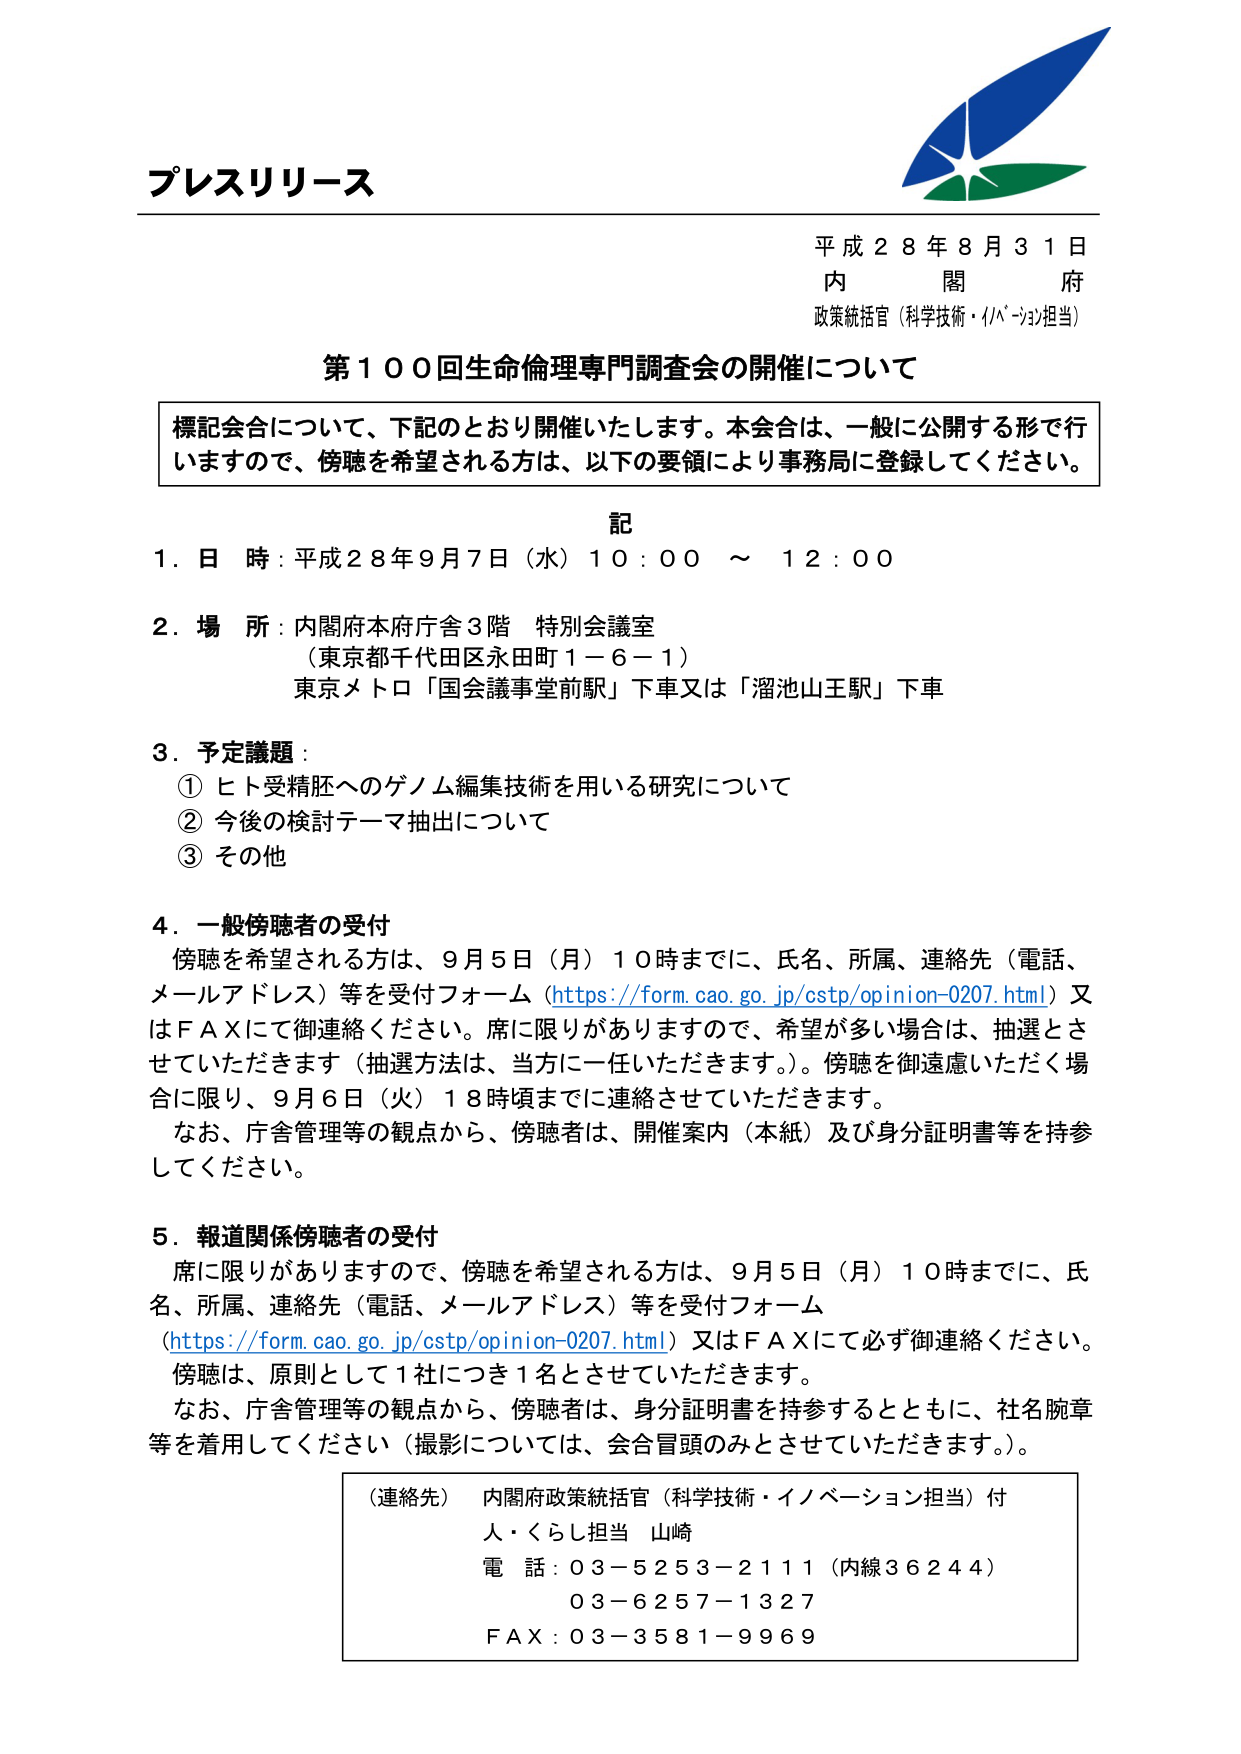
プレスリリース

平成２８年８月３１日
内 閣 府
政策統括官（科学技術・イノベーション担当）

第１００回生命倫理専門調査会の開催について

標記会合について、下記のとおり開催いたします。本会合は、一般に公開する形で行いますので、傍聴を希望される方は、以下の要領により事務局に登録してください。

記

１．日 時：平成２８年９月７日（水）１０：００ ～ １２：００

２．場 所：内閣府本府庁舎３階 特別会議室
（東京都千代田区永田町１－６－１）
東京メトロ「国会議事堂前駅」下車又は「溜池山王駅」下車

３．予定議題：
① ヒト受精胚へのゲノム編集技術を用いる研究について
② 今後の検討テーマ抽出について
③ その他

４．一般傍聴者の受付
傍聴を希望される方は、９月５日（月）１０時までに、氏名、所属、連絡先（電話、メールアドレス）等を受付フォーム（https://form.cao.go.jp/cstp/opinion-0207.html）又はＦＡＸにて御連絡ください。席に限りがありますので、希望が多い場合は、抽選とさせていただきます（抽選方法は、当方に一任いただきます。）。傍聴を御遠慮いただく場合に限り、９月６日（火）１８時頃までに連絡させていただきます。
なお、庁舎管理等の観点から、傍聴者は、開催案内（本紙）及び身分証明書等を持参してください。

５．報道関係傍聴者の受付
席に限りがありますので、傍聴を希望される方は、９月５日（月）１０時までに、氏名、所属、連絡先（電話、メールアドレス）等を受付フォーム（https://form.cao.go.jp/cstp/opinion-0207.html）又はＦＡＸにて必ず御連絡ください。
傍聴は、原則として１社につき１名とさせていただきます。
なお、庁舎管理等の観点から、傍聴者は、身分証明書を持参するとともに、社名腕章等を着用してください（撮影については、会合冒頭のみとさせていただきます。）。

（連絡先） 内閣府政策統括官（科学技術・イノベーション担当）付
人・くらし担当 山崎
電 話：０３－５２５３－２１１１（内線３６２４４）
　　　　０３－６２５７－１３２７
ＦＡＸ：０３－３５８１－９９６９